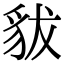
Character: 𧲯